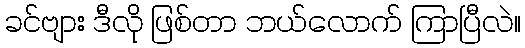
ခင်ဗျား ဒီလို ဖြစ်တာ ဘယ်လောက် ကြာပြီလဲ။